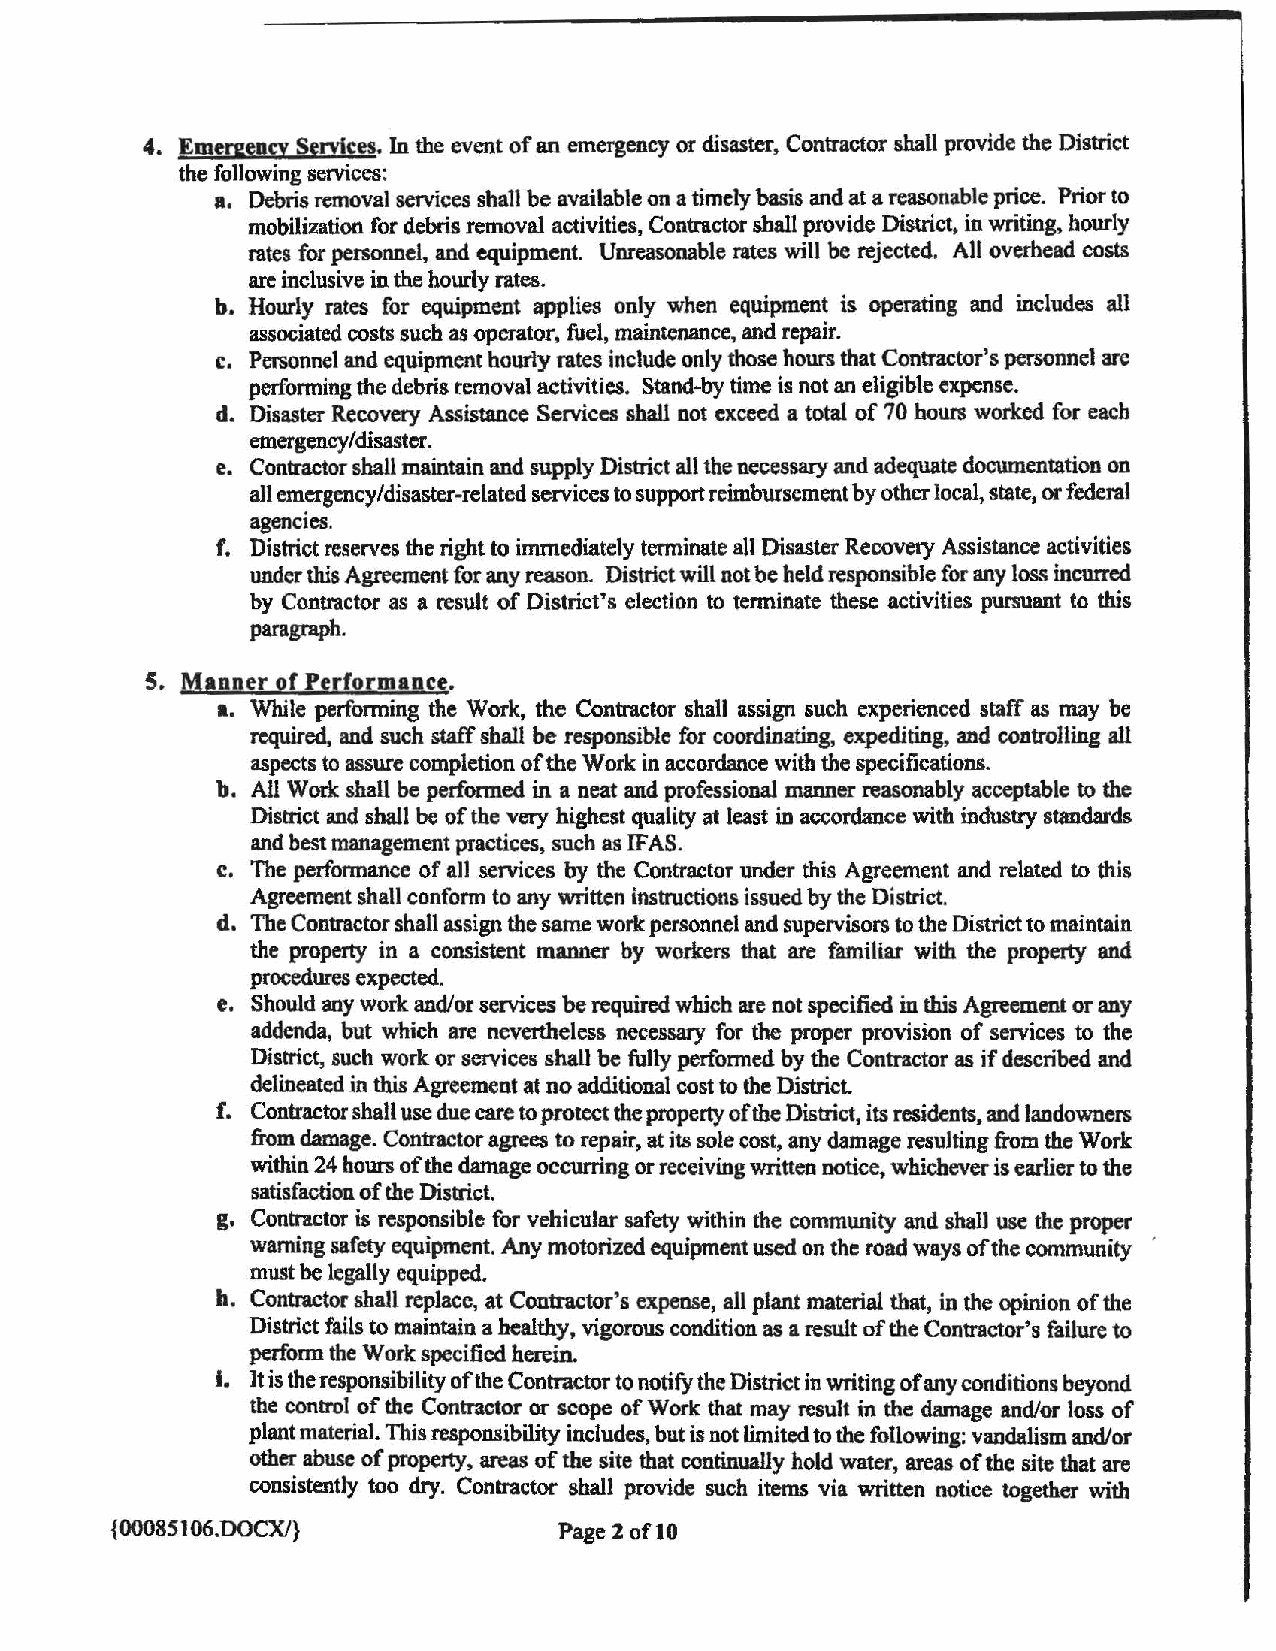
4. Emergency Services. In the event ofan emergency or disaster. Contractor shall provide the District
 the following services:
 a. Debris removal services shall be available on a timely basis and at a reasonable price. Prior to
 mobilization for debris removal activities, Contractor shall provide District, in writing. hourly
 rates for personnel, and equipment. Unreasonable rates will be rejected. All overhead costs
 are inclusive in the hourly rates.
 b. Hourly rates for equipment applies only when equipment is operating and includes all
 associated costs such as operator, fuel, maintenance, and repair.
 c. Personnel and equipment hourly rates include only those hours that Contractor's personnel are
 performing the debris removal activities. Stand-by time is not an eligible expense.
 d. Disaster Recovery Assistance Services shall not exceed a total of 70 hours worked for each
 emergency/disaster.
 e. Contractor shall maintain and supply District all the necessary and adequate documentation on
 all emergency/disaster-related services to supportreimbursementbyother local, state, orfederal
 agencies.
 f. District reserves the right to immediately terminate all Disaster Recoveay Assistance activities
 under this Agreement for any reason. District will not be held responsible for any loss incurred
 by Contractor as a result of District's election to terminate these activities pursuant to this
 paragraph.
 5. Manner of Performance.
 a. While performing the Work, the Contractor shall assign such experienced staff as may be
 required, and such staff shall be responsible for coordinating, expediting. and controlling all
 aspects to assure completion ofthe Work in accordance with the specifications.
 b. All Work shall be performed in a neat and professional manner reasonably acceptable to the
 District and shall be ofthe very highest quality at least in accordance with industry standards
 and best management practices, such as IFA S.
 c. The performance of all services by the Contractor under this Agreement and related to this
 Agreement shall conform to any written instructions issued by the District.
 d. The Contractor shall assign the same work personnel and supervisors to the District to maintain
 the property in a consistent manner by workers that are familiar with the property and
 procedures expected.
 e. Should any work and/or services be required which are not specified in this Agreement or any
 addenda, but which are nevertheless necessary for the proper provision of services to the
 District, such work or services shalJ be fully perfonned by the Contractor as if described and
 delineated in this Agreement at no additional cost to the District
 f. Contractor shall use due care to protect the propertyofthe District, its residents, and landowners
 from damage. Contractor agrees to repair, at its sole cost, any damage resulting from the Work
 within 24 hours ofthe damage occurring or receiving written notice, whichever is earlier to the
 satisfaction ofthe District.
 g, Contractor is responsible for vehicular safety within the community and shalJ use the proper
 warning safety equipment. Any motorized equipment used on the road ways ofthe community
 must be legally equipped.
 h. Contractor shall replace, at Contractor's expense, all plant material that, in the opinion ofthe
 District fails to maintain a healthy, vigorous condition as a result ofthe Contractor•s failure to
 perform the Work specified herein.
 I. Jt is the responsibility ofthe Contractor to notify the District in writing ofanyconditions beyond
 the control of the Contractor or scope ofWork that may result in the damage and/or loss of
 plant material. This responsibility includes, but is not limited to the following: vandalism and/or
 other abuse ofproperty. areas of the site that continually hold water, areas ofthe site that are
 consistently too dry. Contractor shall provide such items via written notice together with
 {00085106.DOCX/}              Page 2 oflO